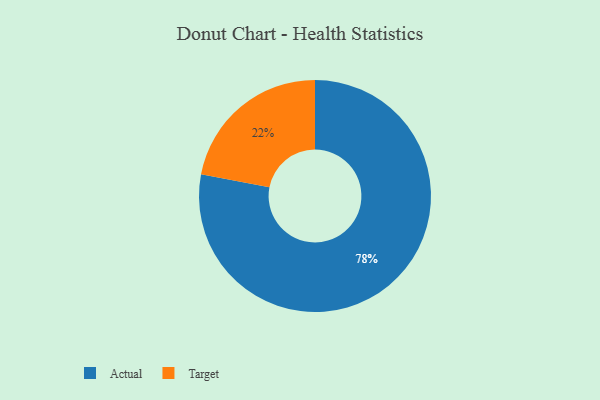
{"axis": {"x": "Category", "y": "Percentage"}, "legend": ["Actual", "Target"], "data": [{"x": "Actual", "y": 78, "type": "Actual"}, {"x": "Target", "y": 22, "type": "Target"}]}